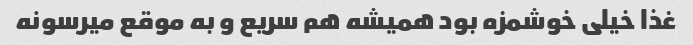
غذا خیلی خوشمزه بود همیشه هم سریع و به موقع میرسونه